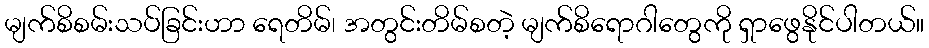
မျက်စိစမ်းသပ်ခြင်းဟာ ရေတိမ်၊ အတွင်းတိမ်စတဲ့ မျက်စိရောဂါတွေကို ရှာဖွေနိုင်ပါတယ်။